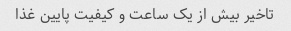
تاخیر بیش از یک ساعت و کیفیت پایین غذا